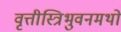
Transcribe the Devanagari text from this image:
वृत्तीस्त्रिभुवनमथो